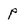
Character: P